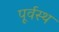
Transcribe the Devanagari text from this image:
पूर्वस्थ